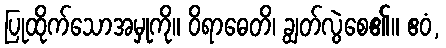
ပြုထိုက်သောအမှုကို။ ဝိရာဓေတိ၊ ချွတ်လွဲစေ၏။ ဧဝံ,